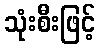
သုံးစီးဖြင့်